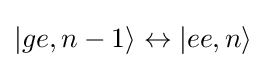
|ge,n-1\rangle \leftrightarrow |ee,n\rangle